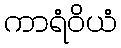
ကာရံဝိယံ